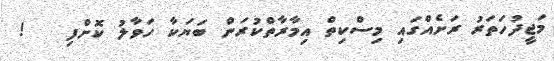
މަޖީދުހަތަރު ރަށެއްގައި މިސްކިތް އިމާރާތްކުރަން ބަޔަކާ ހަވާލު ކޮށްފި   !